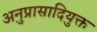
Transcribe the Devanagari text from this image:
अनुप्रासादियुक्त